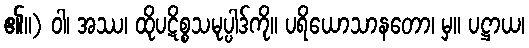
၏။) ဝါ၊ အဿ၊ ထိုပဋိစ္စသမုပ္ပါဒ်ကို။ ပရိယောသာနတော၊ မှ။ ပဋ္ဌာယ၊